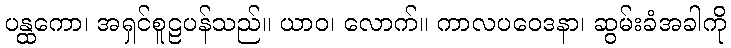
ပန္ထကော၊ အရှင်စူဠပန်သည်။ ယာဝ၊ လောက်။ ကာလပဝေဒနာ၊ ဆွမ်းခံအခါကို